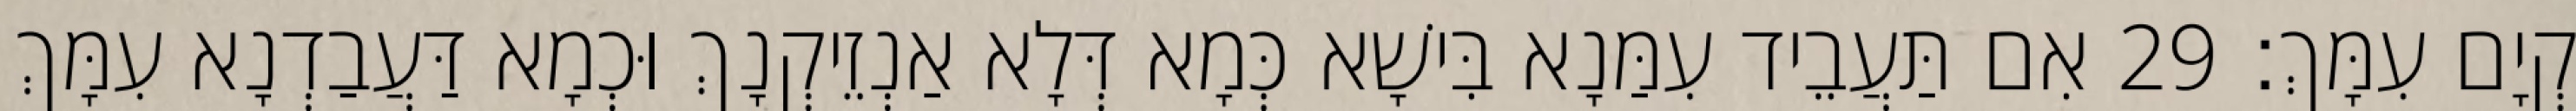
קְיָם עִמָּךְ׃ 29 אִם תַּעֲבֵיד עִמַּנָא בִּישָׁא כְּמָא דְּלָא אַנְזֵיקְנָךְ וּכְמָא דַּעֲבַדְנָא עִמָּךְ